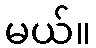
မယ်။